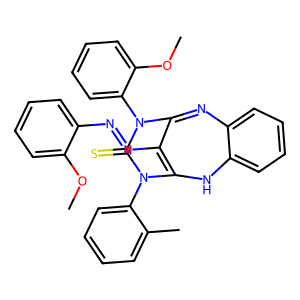
SMILES: COc1ccccc1N=NC1=C2Nc3ccccc3N=C1N(c1ccccc1OC)C(=S)N2c1ccccc1C
Inhibits HIV replication: No